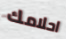
احلامك